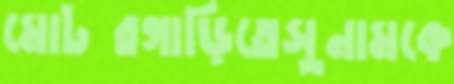
মোটরগাড়িতেসুনামকে